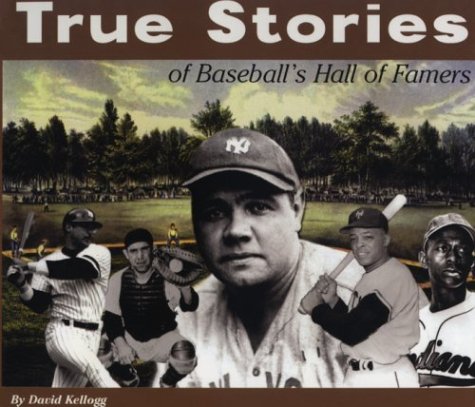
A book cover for True Stories of Baseball's Hall of Famers; David Kellogg; Teen & Young Adult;